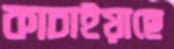
কাচাইয়াছে